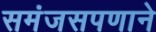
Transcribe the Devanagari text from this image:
समंजसपणाने